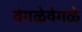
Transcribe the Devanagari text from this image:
वेगळेवेगळे